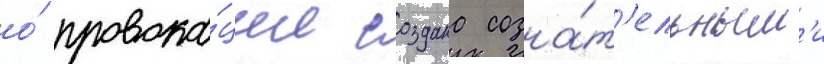
о́ провока́ции создана созна́т'ельным'и